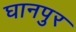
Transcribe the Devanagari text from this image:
घानपुर